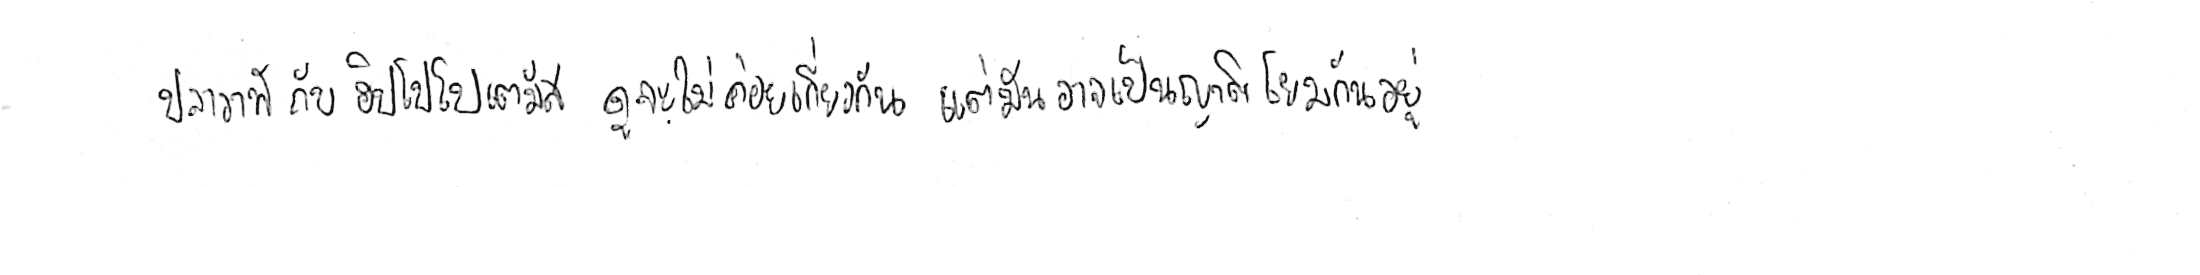
ปลาวาฬ กับ ฮิปโปโปเตมัส ดูจะไม่ค่อยเกี่ยวกัน แต่มันอาจเป็นญาติโยมกันอยู่